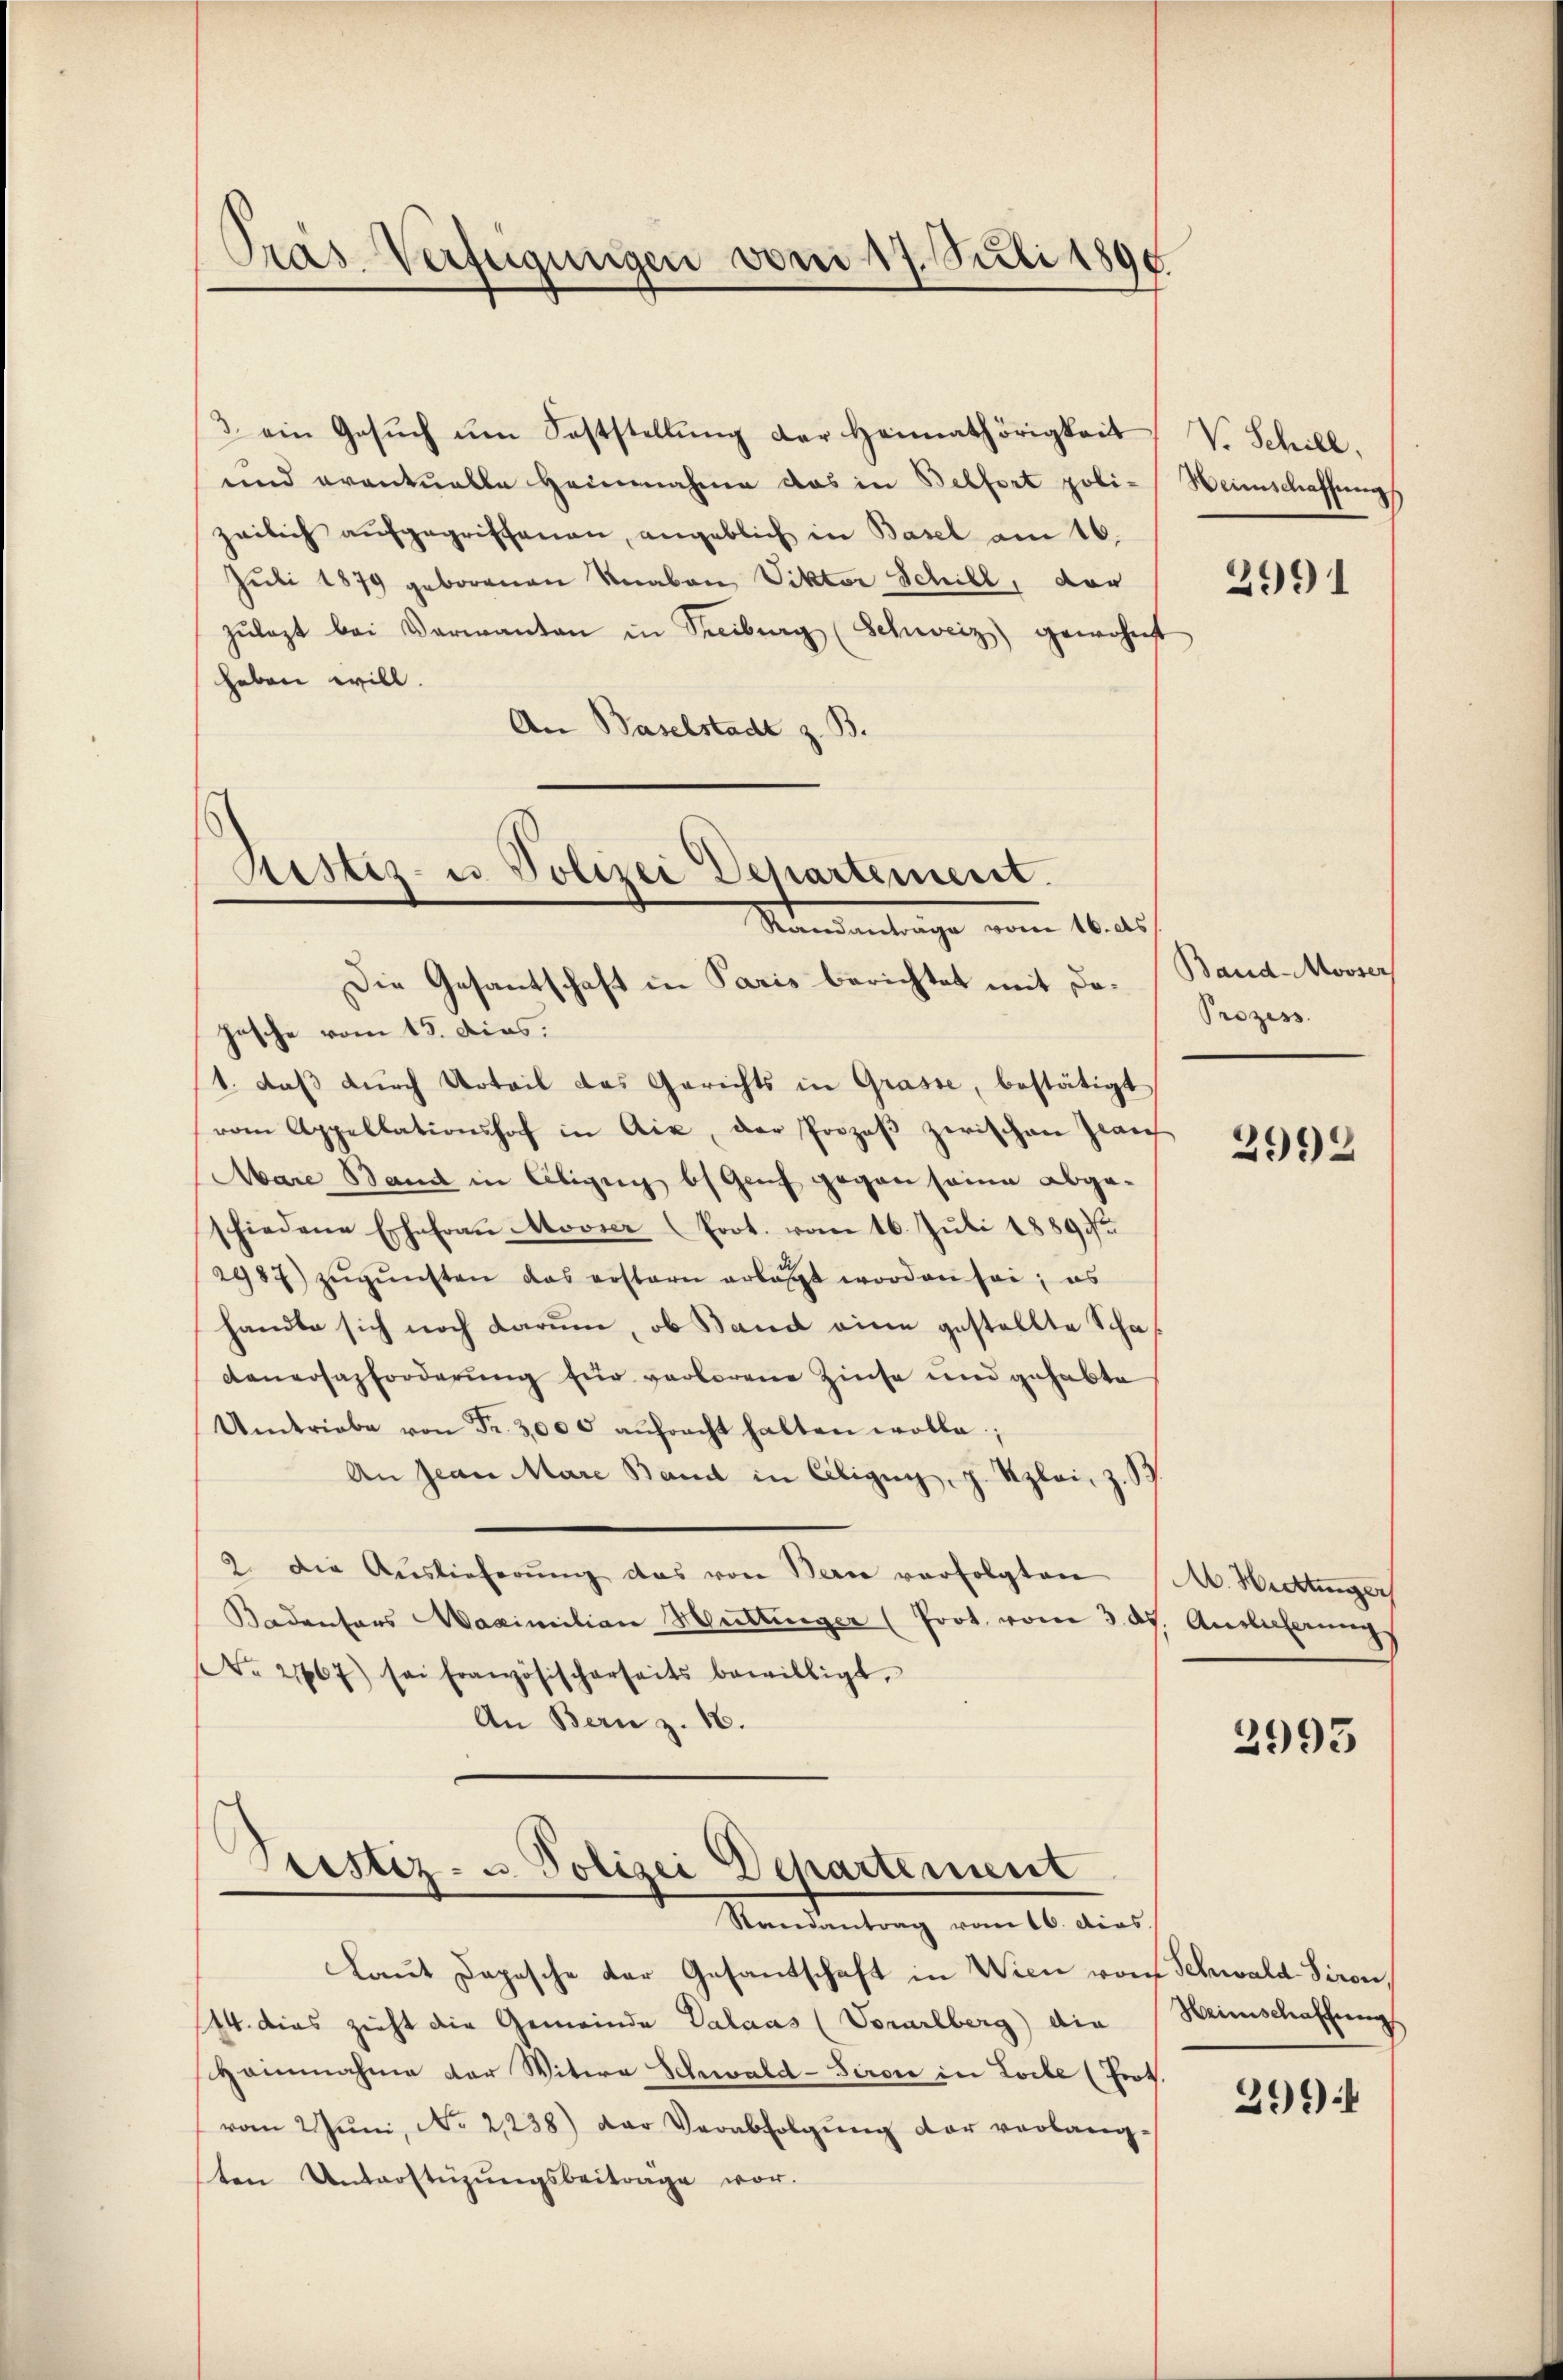
Pras Verfeigungen von 17. Juli 1890

3 ein Gesŭch ŭm Feststellŭng der Heimathörigkeit
und eventuelle Heimnahme das in Belfort polizeilich aufgegriffenen, angeblich in Basel am 16.
Juli 1879 geborenen Knaben, Viktor Schill, der
zŭlegt bei Verwanten in Freiburg (Schweiz) gewohnt
heben will.
An Baselstadt z. B.

Ristiz- u. Polizei Departement.
Kneantrage vom 16. ds

Die Gesantschaft in Paris berichtet mit da. Band-Mooser
hasche vom 15. dies.
1. daß durch Urteil das Gerichts in Grasse, bestätigt
vom Appellationshof in Aix, der Prozeß zwischen Plaich
Aare Band in Aligug bs Genf gegen seine abgeschiedene Ehefrau Movier (Prot. vom 16. Juli 1889
2987) zŭgŭnsten das erstern erlast worden sei; es
handte sich noch darum, ob Band eine gestellte Schaaneosazforderung für verlorene Zinse und gehabte
Umtriebe von Fr. 3000 aŭfracht halten wolle;
An Jean Mare Band in Ciligen, z. Kzlai, z. B.
2. Die Auslieferŭng das von Bern verfolgten
Badensors Maximilian Muttinger (Prot. vom 3. ds. Auslieferungs
NNo. 2167) sei französischerseits bewilligt,
An Bern z. 16.
Pristiz- u. Polizei Departement
Randantrag vom 16. dies
Laut Dopische der Gesantschaft in Wien von Schwald Hiron,
144. dies zieht die Gemeinde Valaas (Vorarlberg die
shainnahme der Witwe Schwald-Siron in Locke (Prot.
vom 2 Juni, No 2,238) der Verabfolgung der verlangten Unterstüzungsbeiträge vor.

V. Schill.
Weinschaffung

2991

Prozess

2992

M. Hottinger

2993

Heimschaffung

299)